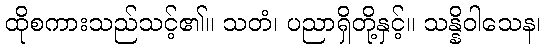
ထိုစကားသည်သင့်၏။ သတံ၊ ပညာရှိတို့နှင့်။ သန္နိဝါသေန၊